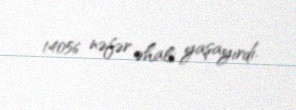
14056 nəfər əhali yaşayırdı.